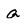
Character: Q